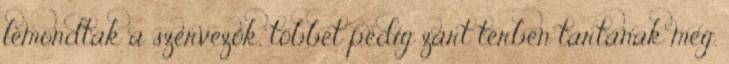
lemondtak a szervezők, többet pedig zárt térben tartanak meg.